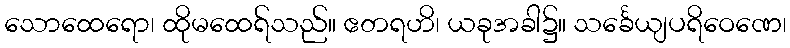
သောထေရော၊ ထိုမထေရ်သည်။ ဧတရဟိ၊ ယခုအခါ၌။ သင်္ခေယျပရိဝေဏေ၊